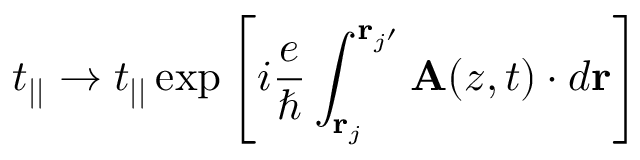
t _ { | | } \to t _ { | | } \exp \left[ i \frac { e } { \hbar } \int _ { { \bf r } _ { j } } ^ { { \bf r } _ { j ^ { \prime } } } { \bf A } ( z , t ) \cdot d { \bf r } \right]